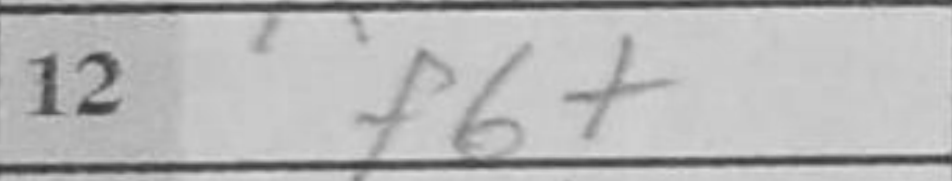
Transcription: f6+